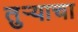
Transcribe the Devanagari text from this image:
तुऱ्याचा